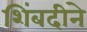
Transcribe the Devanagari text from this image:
शिंबदीने